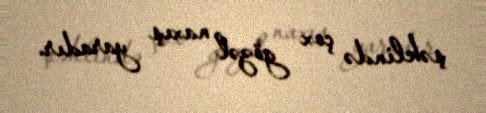
şəklində çox gözəl naxış yaradır.